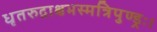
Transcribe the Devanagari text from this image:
धृतरुद्राक्षभस्मत्रिपुण्ड्रः।